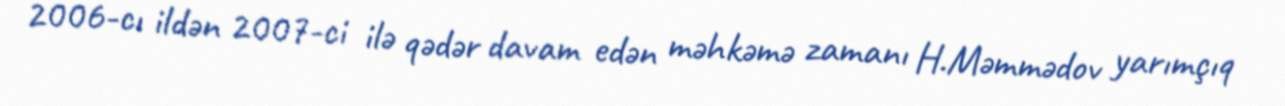
2006-cı ildən 2007-ci ilə qədər davam edən məhkəmə zamanı H.Məmmədov yarımçıq